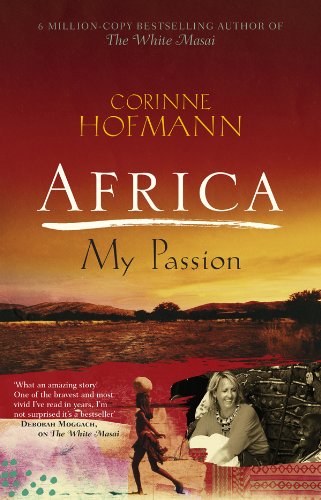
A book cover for Africa, My Passion; Corinne Hofmann; Travel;